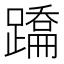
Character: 𨅳